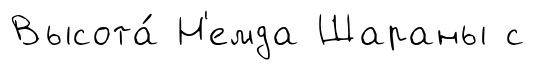
Высота́ Н'емда Шараны с